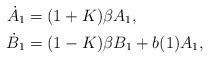
LaTeX: \begin{align*}\dot A_1 &=(1+K)\beta A_1, \\\dot B_1&=(1-K)\beta B_1+b(1)A_1, \end{align*}